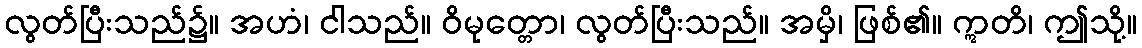
လွတ်ပြီးသည်၌။ အဟံ၊ ငါသည်။ ဝိမုတ္တော၊ လွတ်ပြီးသည်။ အမှိ၊ ဖြစ်၏။ ဣတိ၊ ဤသို့။